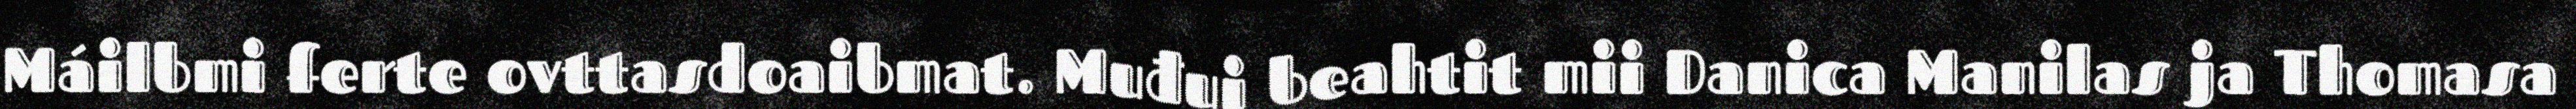
Máilbmi ferte ovttasdoaibmat. Muđui beahtit mii Danica Manilas ja Thomasa